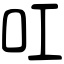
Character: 叿